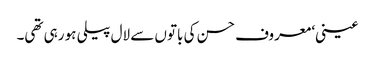
عینی‘ معروف حسن کی باتوں سے لال پیلی ہو رہی تھی۔